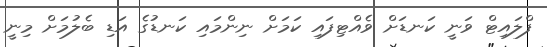
ފްލައިޓް ވަނީ ކަނޑަށް ވެއްޓިފައި ކަމަށް ނިންމައި ކަނޑުގެ އަޑި ބެލުމަށް މިނީ